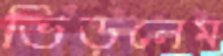
ভিড়লেম